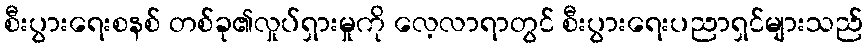
စီးပွားရေးစနစ် တစ်ခု၏လှုပ်ရှားမှုကို လေ့လာရာတွင် စီးပွားရေးပညာရှင်များသည်